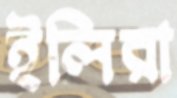
ইলিরা